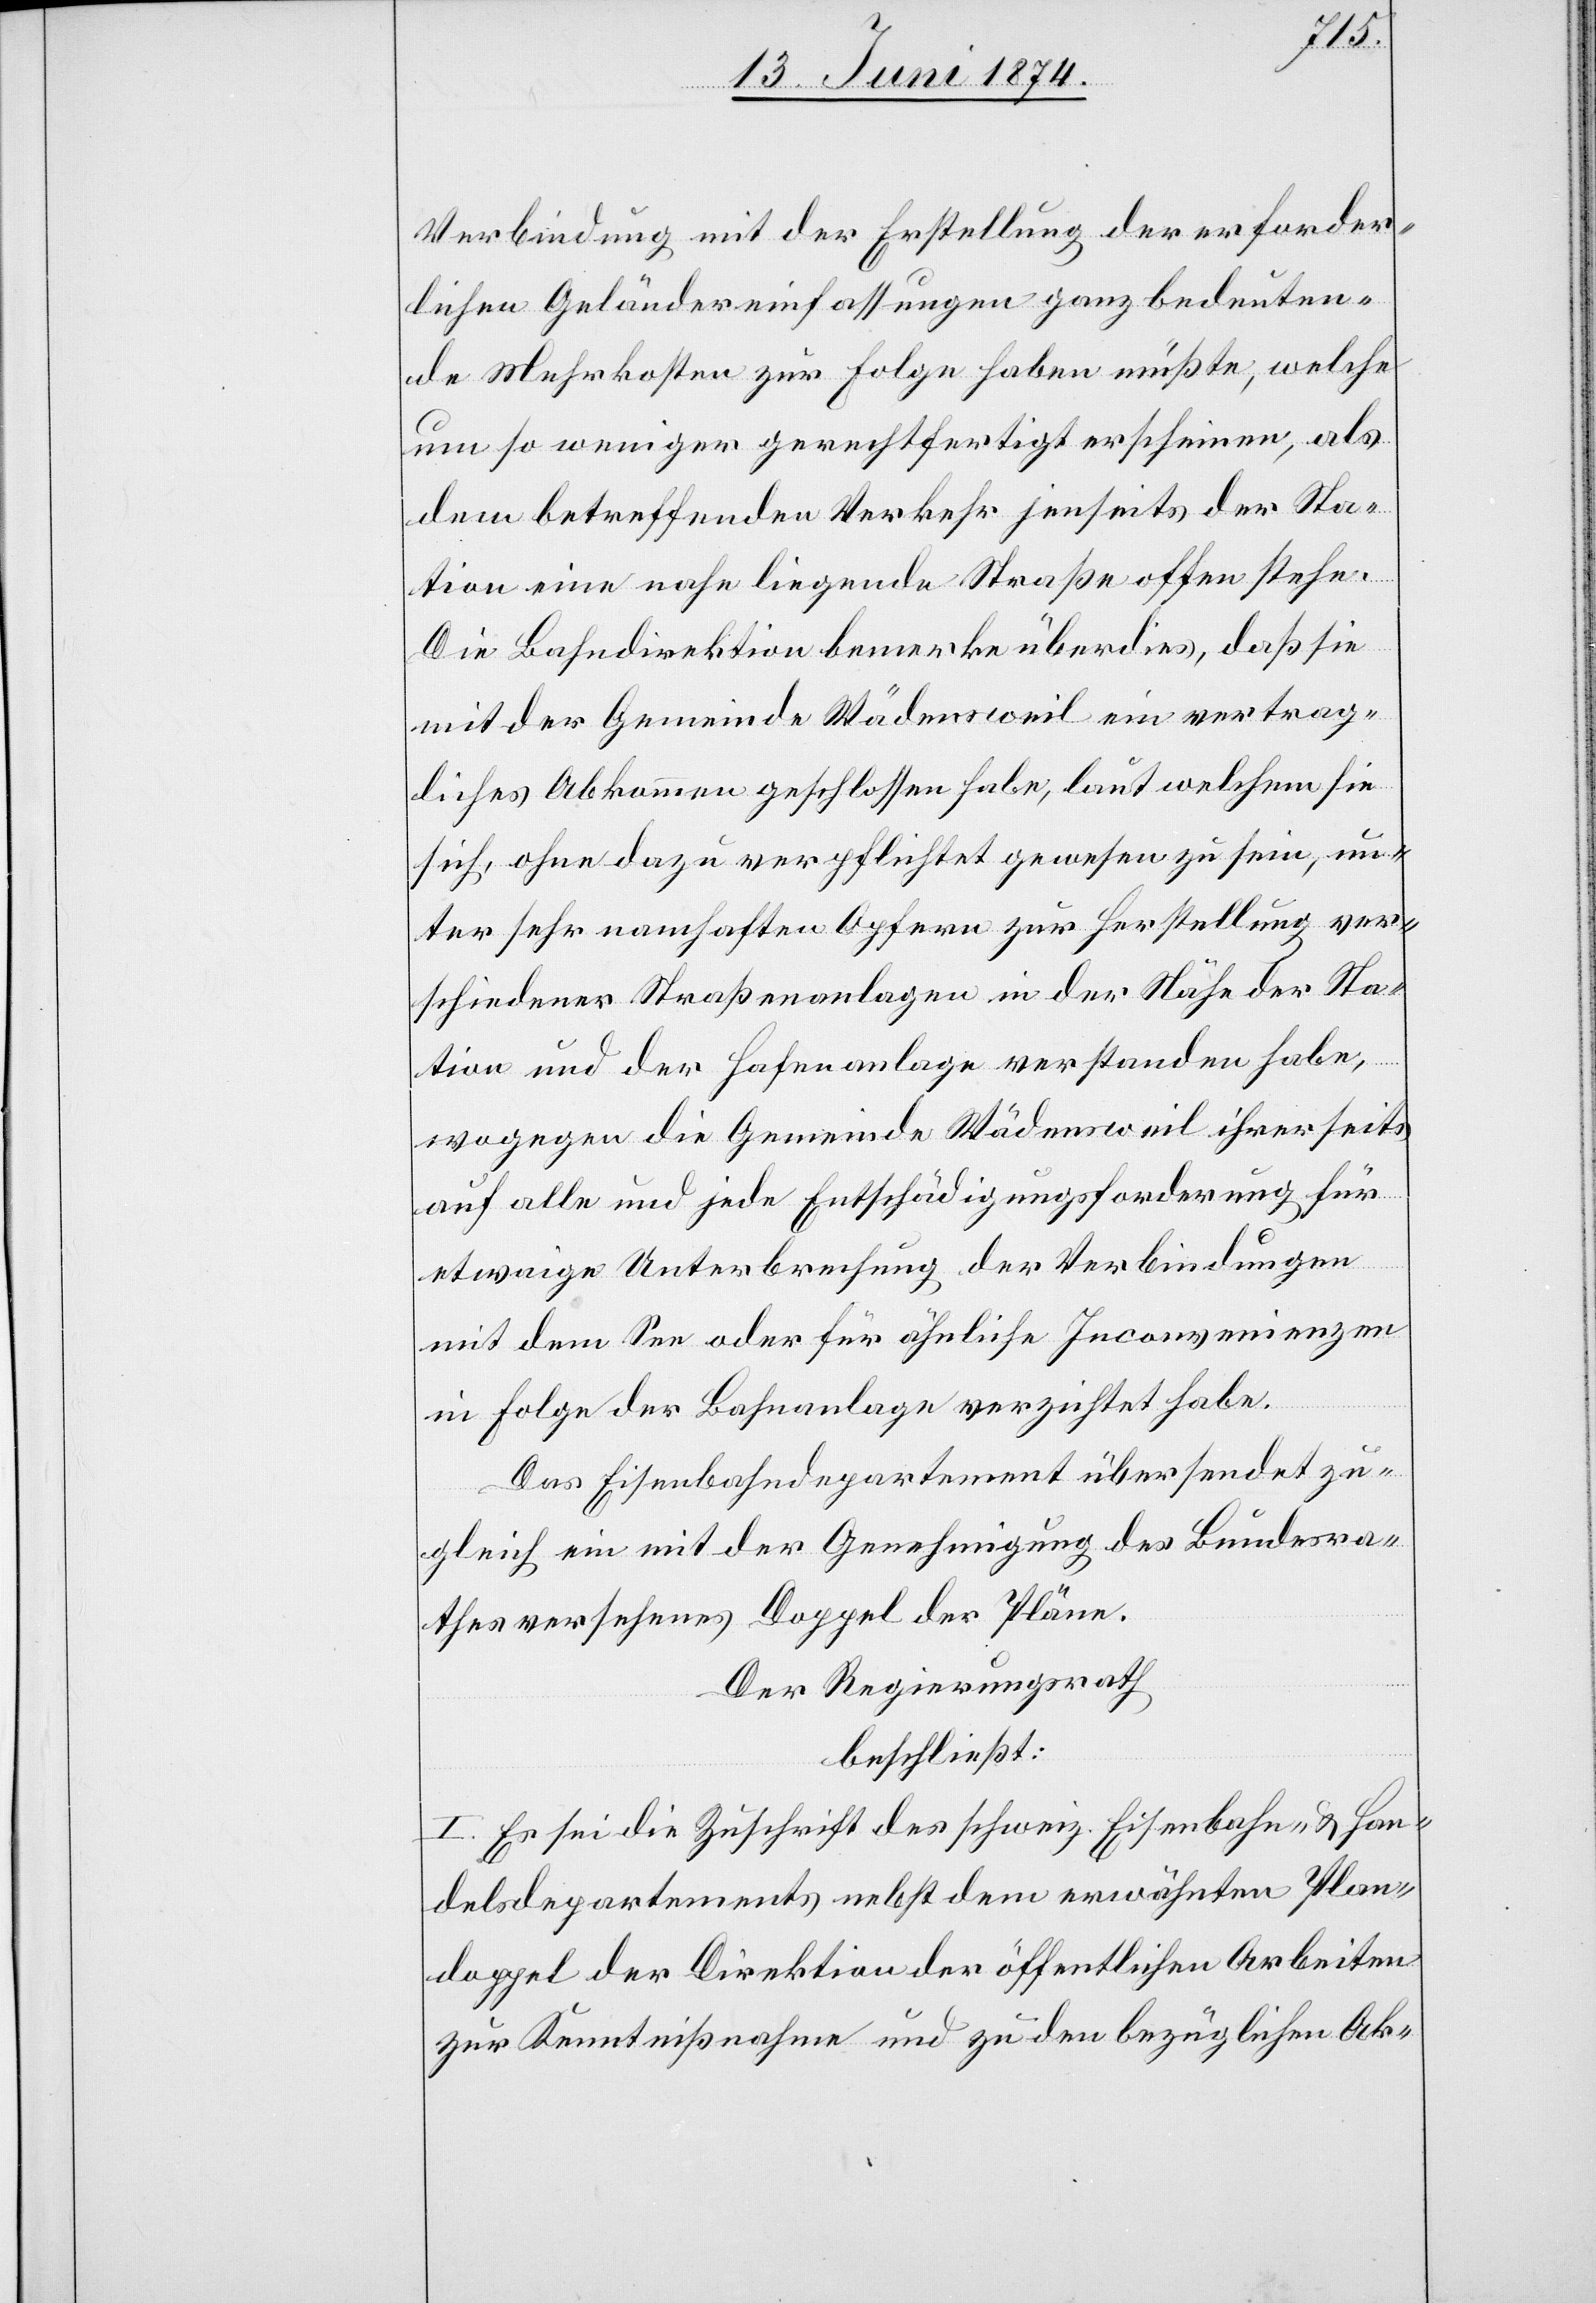
Verbindung mit der Erstellung der erforder¬
lichen Geländereinfassungen ganz bedeuten¬
de Mehrkosten zur Folge haben müßte, welche
um so weniger gerechtfertigt erscheinen, als
dem betreffenden Verkehr jenseits der Sta¬
tion eine nahe liegende Straße offen stehe.
Die Bahndirektion bemerke überdies, daß sie
mit der Gemeinde Wädensweil ein vertrag¬
liches Abkommen geschlossen habe, laut welchem sie
sich, ohne dazu verpflichtet gewesen zu sein, un¬
ter sehr namhaften Opfern zur Herstellung ver¬
schiedener Straßenanlagen in der Nähe der Sta¬
tion und der Hafenanlage verstanden habe,
wogegen die Gemeinde Wädensweil ihrerseits
auf alle und jede Entschädigungsforderung für
etwaige Unterbrechung der Verbindungen
mit dem See oder für ähnliche Inconvenienzen
in Folge der Bahnanlage verzichtet habe.
Das Eisenbahndepartement übersendet zu¬
gleich ein mit der Genehmigung des Bundesra¬
thes versehenes Doppel der Pläne.
Der Regierungsrath
beschließt:
I. Es sei die Zuschrift des schweiz. Eisenbahn- u. Han¬
delsdepartements nebst dem erwähnten Plan¬
doppel der Direktion der öffentlichen Arbeiten
zur Kenntnißnahme und zu den bezüglichen Ak-